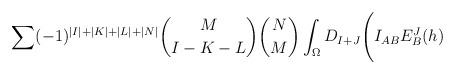
LaTeX: \begin{align*}\sum(-1)^{\vert I \vert +\vert K \vert +\vert L \vert + \vert N \vert}{M \choose {I-K-L}}{N \choose M}\int_{\Omega}D_{I+J}\Biggl( I_{AB}E^J_B(h)\end{align*}